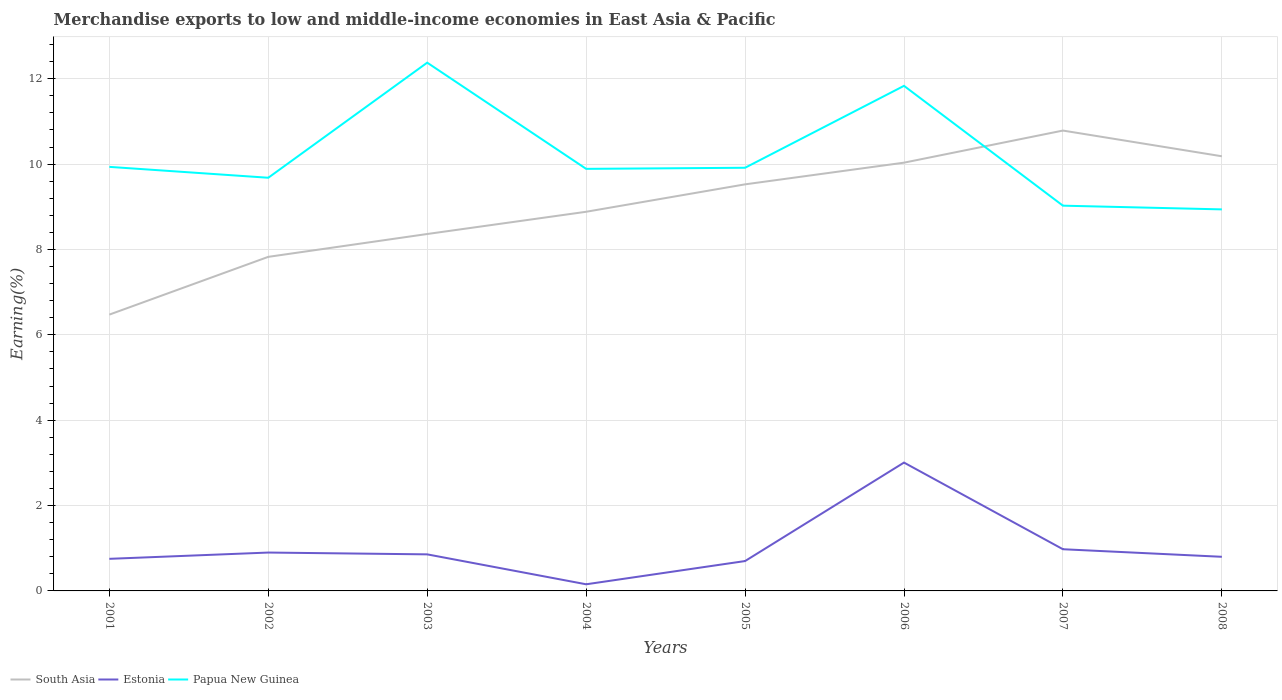
| Years | South Asia | Estonia | Papua New Guinea |
 | --- | --- | --- | --- |
 | 2001 | 6.47 | 0.752 | 9.94 |
 | 2002 | 7.83 | 0.899 | 9.68 |
 | 2003 | 8.36 | 0.857 | 12.4 |
 | 2004 | 8.88 | 0.155 | 9.89 |
 | 2005 | 9.53 | 0.7 | 9.91 |
 | 2006 | 10 | 3.01 | 11.8 |
 | 2007 | 10.8 | 0.977 | 9.03 |
 | 2008 | 10.2 | 0.8 | 8.94 |